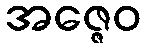
အဇ္ဇေဝ